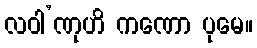
လဝါ’ဏုဟိ ကဏော ပုမေ။